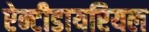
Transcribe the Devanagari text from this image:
ऐन्टीडायरियल